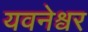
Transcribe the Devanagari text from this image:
यवनेश्वर